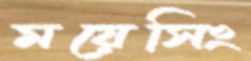
ময়েসিং